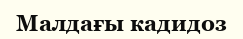
Малдағы кадидоз